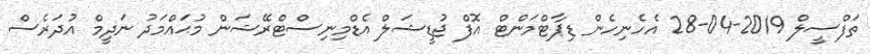
ތަފްސީލް 2019-04-28 އެހެނިހެން ޑިޕާޓްމަންޓް އޮފް ޖުޑީޝަލް އެޑްމިނިސްޓްރޭޝަން މުޙައްމަދު ނަދީމް އުދަރެސް